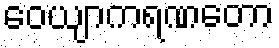
ဝေယျာကရဏတော